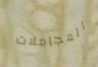
المجاملات